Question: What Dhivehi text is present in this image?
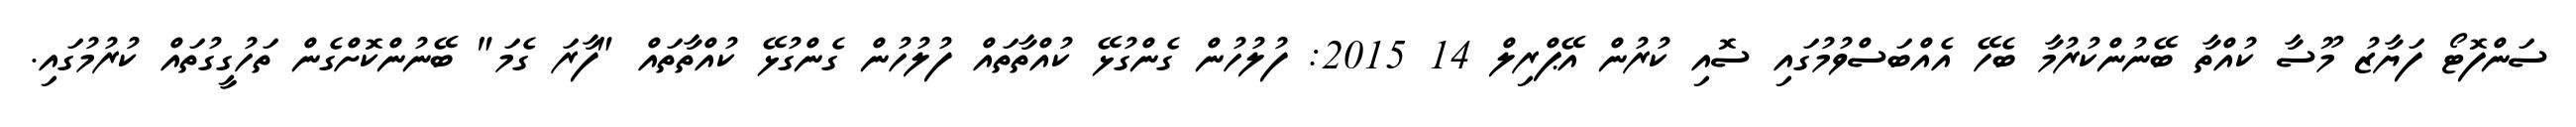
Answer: ސަންފޮޓޯ ފަޔާޒު މޫސާ ކުއްތާ ބޭނުންކުރުމާ ބެހޭ އެއްބަސްވުމުގައި ސޮއި ކުރުން އޭޕްރިލް 14 2015: ފުލުހުން ގެންގުޅޭ ކުއްތާތައް ފުލުހުން ގެންގުޅޭ ކުއްތާތައް "ފާރަ ގެމަ" ބޭނުންކޮށްގެން ތަހުގީގުތައް ކުރުމުގައި.